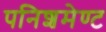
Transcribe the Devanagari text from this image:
पनिशमेण्ट